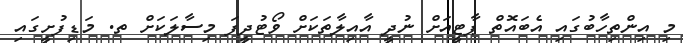
މި އިންތިހާބުގައި އެބައޮތް ޕާޓީއަށް ނުދީ އާއިލާތަކަށް ވޯޓުދީފަ މިސާލަކަށް ތ. މަޑިފުށީގައި